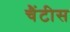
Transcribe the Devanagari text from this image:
चैंटीस